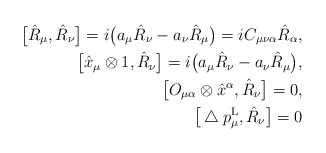
\begin{align*}\big[{\hat{R}_\mu},{\hat{R}_\nu}\big]=i\big(a_\mu{\hat{R}_\nu}-a_\nu{\hat{R}_\mu}\big)=iC_{\mu\nu\alpha}{\hat{R}_\alpha},\\\big[\hat{x}_\mu\otimes1,{\hat{R}_\nu}\big]=i\big(a_\mu{\hat{R}_\nu}-a_\nu{\hat{R}_\mu}\big),\\\big[O_{\mu\alpha}\otimes\hat{x}^\alpha,{\hat{R}_\nu}\big]=0,\\\big[\bigtriangleup p^{\rm L}_\mu,{\hat{R}_\nu}\big]=0\end{align*}